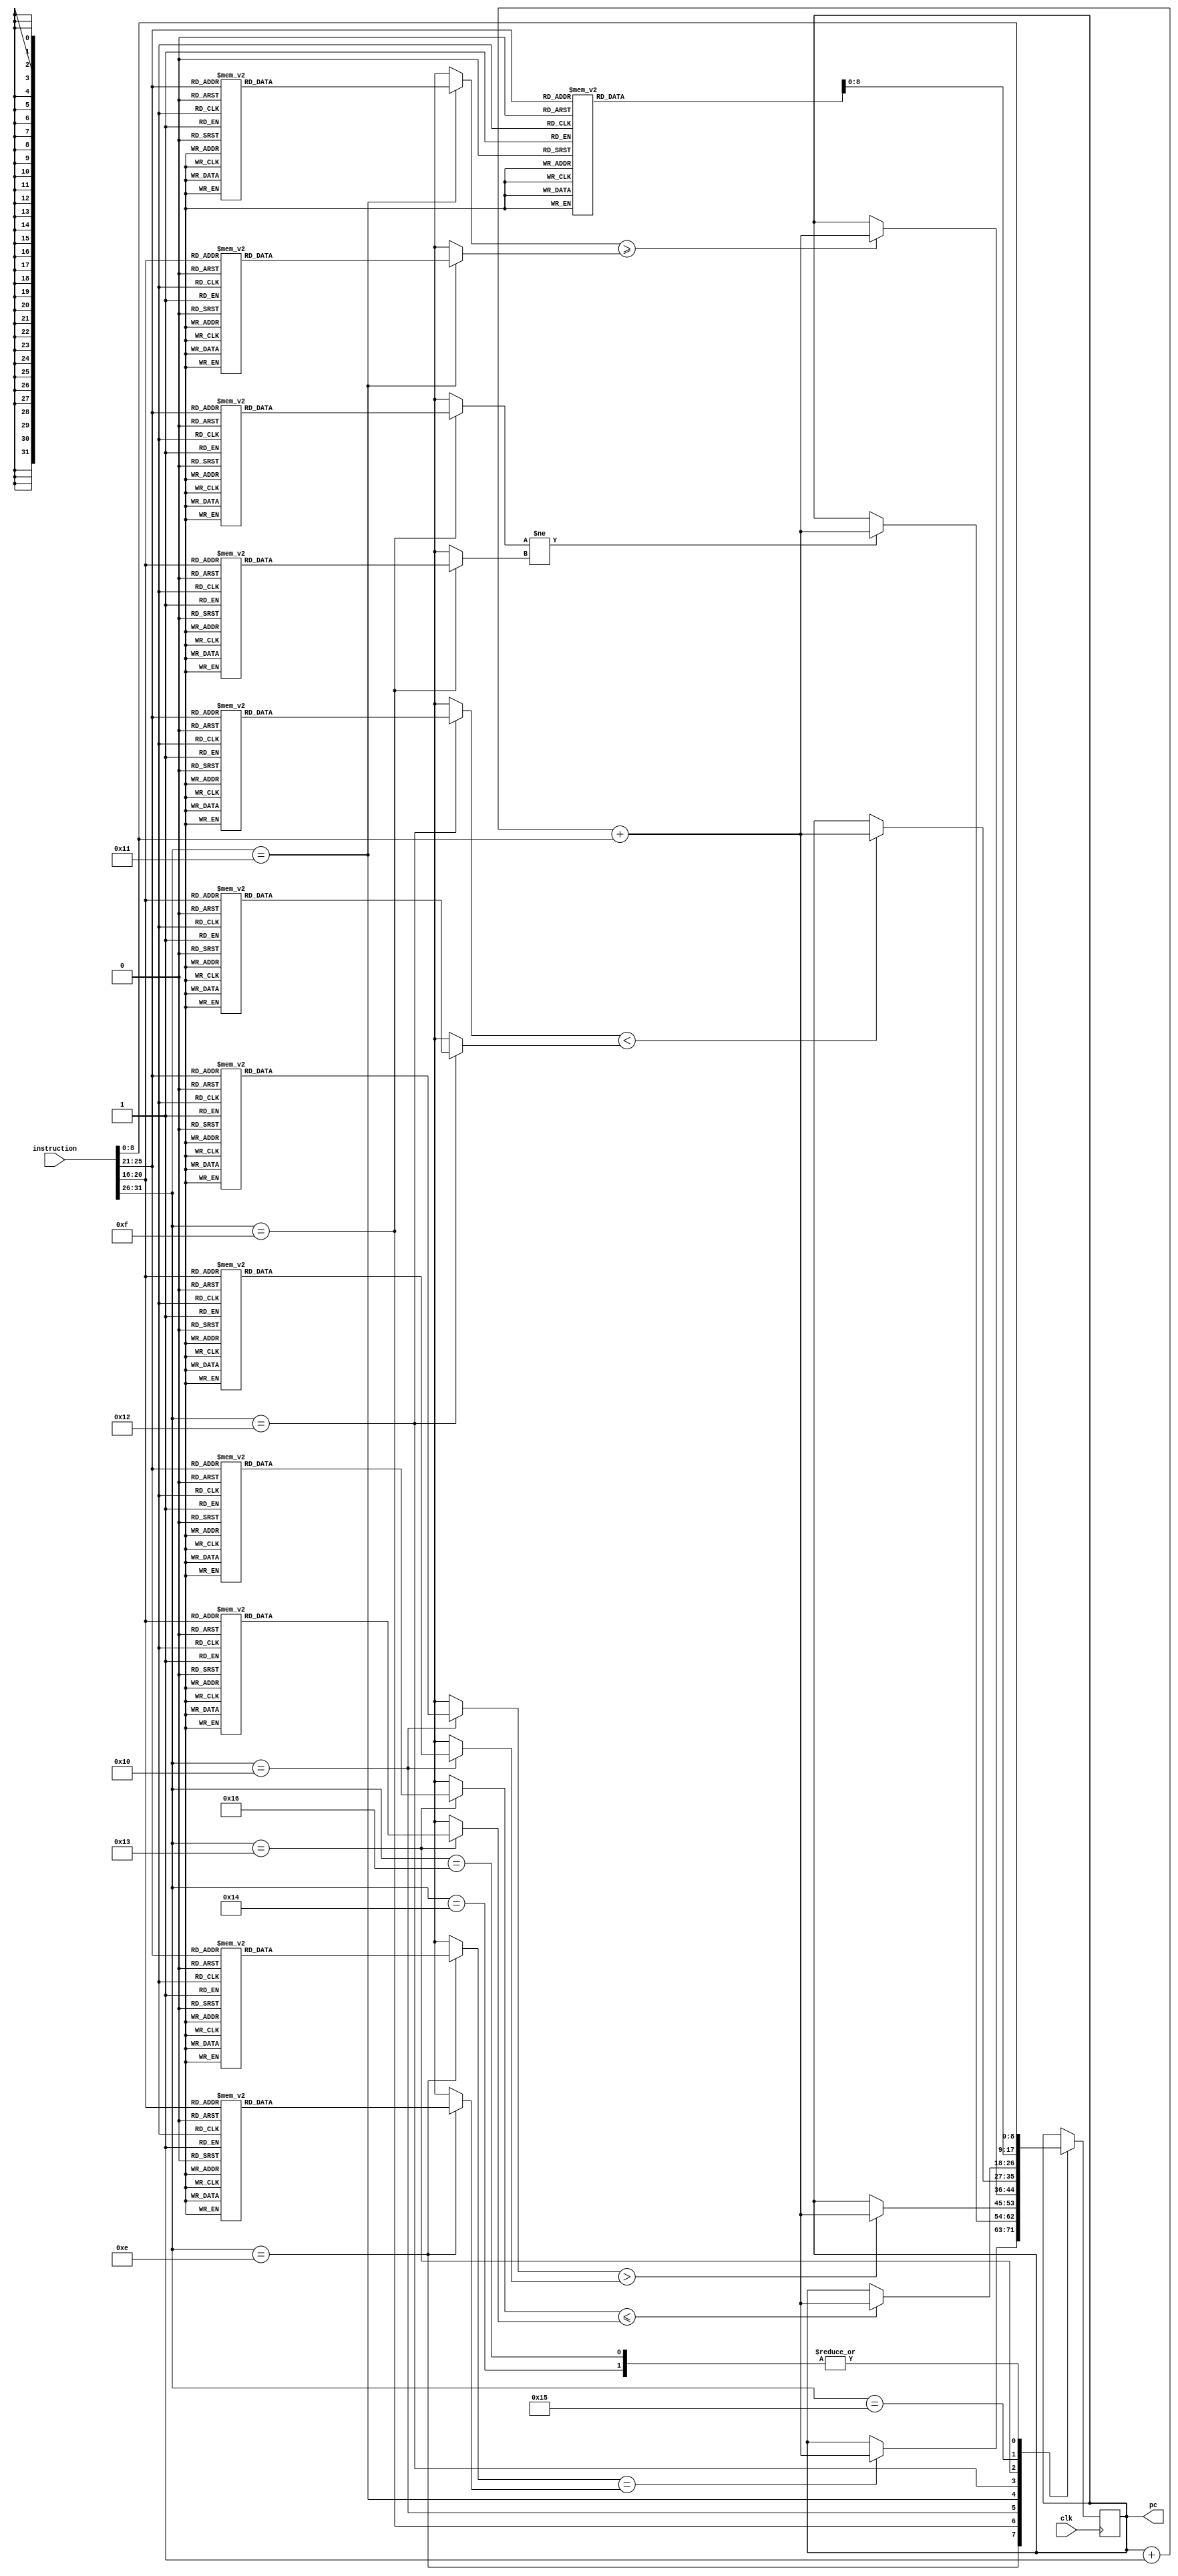
module branch (
    clk,instruction,pc
);
input clk;
input [31:0]instruction;
output reg[8:0]pc=0;
reg [31:0] register[31:0];
  integer i;
  initial begin
    for ( i= 0;i<32 ;i=i+1 ) begin
        register[i]=i;
    end
  end
always @(posedge clk) begin
    for ( i= 0;i<32 ;i=i+1 ) begin
        register[i]=i;
    end
    case (instruction[31:26])
        14 : begin    //opcode value 14 means instruction is used for beq
            if(register[instruction[25:21]] == register[instruction[20:16]] )begin
                pc=pc+1+instruction[15:0];
            end

        end  
        15 : begin //opcode value 15 means instruction is used for bne
            if(register[instruction[25:21]] != register[instruction[20:16]] )begin
                pc=pc+1+instruction[15:0];
            end
        end
        16 : begin //opcode value 16 means instruction is used for bgt
            if(register[instruction[25:21]] > register[instruction[20:16]] )begin
                pc=pc+1+instruction[15:0];
            end
        end 
        17 : begin  //opcode value 17 means instruction is used for bgte
            if(register[instruction[25:21]] >= register[instruction[20:16]] )begin
                pc=pc+1+instruction[15:0];
            end
        end  
        18 : begin  //opcode value 18 means instruction is used for ble
            if(register[instruction[25:21]] < register[instruction[20:16]] )begin
                pc=pc+1+instruction[15:0];
            end
        end
       19 : begin  //opcode value 19 means instruction is used for bleq
            if(register[instruction[25:21]] <= register[instruction[20:16]] )begin
                pc=pc+1+instruction[15:0];
            end
        end
        20 : begin  //opcode value 20 means instruction is used for j 
                pc=instruction[15:0];
        end
        21 : begin  //opcode value 20 means instruction is used for jr 
                pc=register[instruction[25:21]];
            end
        22 : begin  //opcode value 20 means instruction is used for jal 
                register[31]=pc+1;
                pc=instruction[15:0];
            end
    // 23 : data_path<=23;  //data_path 23 means instruction is used for slt
    // 24 : data_path<=24;  //data_path 24 means instruction is used for slti
    endcase
    
end 
endmodule